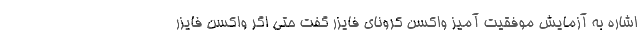
اشاره به آزمایش موفقیت آمیز واکسن کرونای فایزر گفت حتی اگر واکسن فایزر